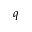
q